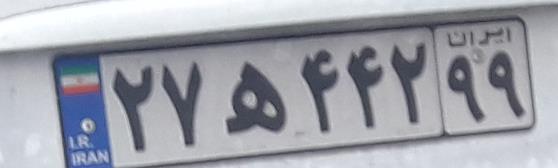
۲۷ه۴۴۲۹۹